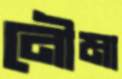
নৌমা